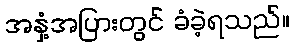
အနှံ့အပြားတွင် ခံခဲ့ရသည်။